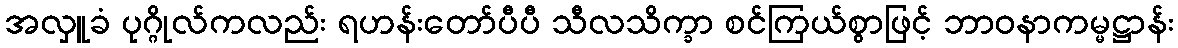
အလှူခံ ပုဂ္ဂိုလ်ကလည်း ရဟန်းတော်ပီပီ သီလသိက္ခာ စင်ကြယ်စွာဖြင့် ဘာဝနာကမ္မဋ္ဌာန်း